Vaccination in Burma 1889-1999 - 1889-1999
Year: 1889
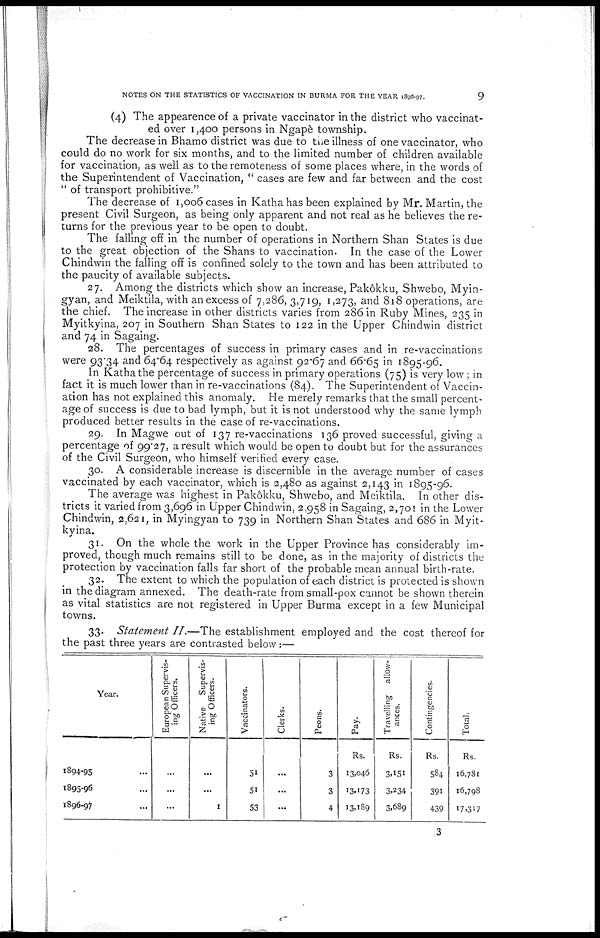
NOTES ON THE STATISTICS OF VACCINATION IN BURMA FOR THE YEAR 1896-97.
9
(4) The appearence of a private vaccinator in the district who vaccinat-
ed over 1,400 persons in Ngapè township.
The decrease in Bhamo district was due to the illness of one vaccinator, who
could do no work for six months, and to the limited number of children available
for vaccination, as well as to the remoteness of some places where, in the words of
the Superintendent of Vaccination, " cases are few and far between and the cost
" of transport prohibitive."
The decrease of 1,006 cases in Katha has been explained by Mr. Martin, the
present Civil Surgeon, as being only apparent and not real as he believes the re-
turns for the previous year to be open to doubt.
The falling off in the number of operations in Northern Shan States is due
to the great objection of the Shans to vaccination. In the case of the Lower
Chindwin the falling off is confined solely to the town and has been attributed to
the paucity of available subjects.
27. Among the districts which show an increase, Pakôkku, Shwebo, Myin-
gyan, and Meiktila, with an excess of 7,286, 3,719, 1,273, and 818 operations, are
the chief. The increase in other districts varies from 286 in Ruby Mines, 235 in
Myitkyina, 207 in Southern Shan States to 122 in the Upper Chindwin district
and 74 in Sagaing.
28. The percentages of success in primary cases and in re-vaccinations
were 93.34 and 64.64 respectively as against 92.67 and 66.65 in 1895-96.
In Katha the percentage of success in primary operations (75) is very low ; in
fact it is much lower than in re-vaccinations (84). The Superintendent of Vaccin-
ation has not explained this anomaly. He merely remarks that the small percent-
age of success is due to bad lymph, but it is not understood why the same lymph
produced better results in the case of re-vaccinations.
29. In Magwe out of 137 re-vaccinations 136 proved successful, giving a
percentage of 99.27, a result which would be open to doubt but for the assurances
of the Civil Surgeon, who himself verified every case.
30. A considerable increase is discernible in the average number of cases
vaccinated by each vaccinator, which is 2,480 as against 2,143 in 1895-96.
The average was highest in Pakôkku, Shwebo, and Meiktila. In other dis-
tricts it varied from 3,696 in Upper Chindwin, 2,958 in Sagaing, 2,701 in the Lower
Chindwin, 2,621, in Myingyan to 739 in Northern Shan States and 686 in Myit-
kyina.
31. On the whole the work in the Upper Province has considerably im-
proved, though much remains still to be done, as in the majority of districts the
protection by vaccination falls far short of the probable mean annual birth-rate.
32. The extent to which the population of each district is protected is shown
in the diagram annexed. The death-rate from small-pox cannot be shown therein
as vital statistics are not registered in Upper Burma except in a few Municipal
towns.
33. Statement II.—The establishment employed and the cost thereof for
the past three years are contrasted below:—
Year.
1894-95 ...
1895-96 ...
1896-97 ...
European Supervis-
ing Officers.
...
...
...
Native Supervis-
ing Officers.
...
...
1
Vaccinators.
51
51
53
Clerks.
...
...
...
Peons.
3
3
4
Pay.
Rs.
13,046
13,173
13,189
Travelling allow-
ances.
Rs.
3,151
3,234
3,689
Contingencies.
Rs.
584
391
439
Total.
Rs.
16,781
16,798
17,317
3